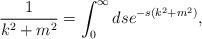
LaTeX: \begin{align*}{1 \over k^2+m^2} = \int_0^\infty ds e^{-s(k^2+m^2)} ,\end{align*}